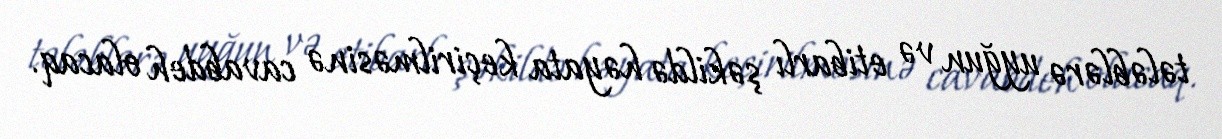
tələblərə uyğun və etibarlı şəkildə həyata keçirilməsinə cavabdeh olacaq.